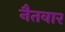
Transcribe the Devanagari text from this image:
नैतवार